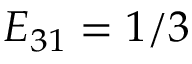
E _ { 3 1 } = 1 / 3